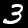
Digit: 3